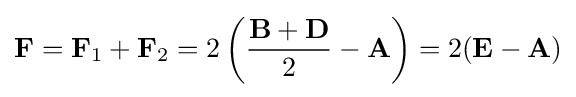
\mathbf {F} =\mathbf {F} _{1}+\mathbf {F} _{2}=2\left({\frac {\mathbf {B} +\mathbf {D} }{2}}-\mathbf {A} \right)=2(\mathbf {E} -\mathbf {A} )